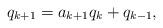
LaTeX: \begin{align*}q_{k+1}=a_{k+1}q_{k}+q_{k-1},\end{align*}